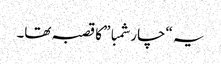
یہ “چار شمبا” کا قصبہ تھا۔